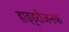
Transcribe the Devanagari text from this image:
हाइड्रोजनक